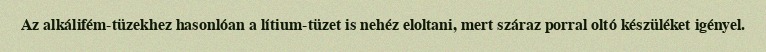
Az alkálifém-tüzekhez hasonlóan a lítium-tüzet is nehéz eloltani, mert száraz porral oltó készüléket igényel.